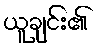
ယူချင်း၏